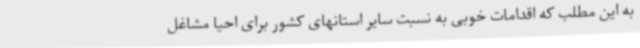
به این مطلب که اقدامات خوبی به نسبت سایر استانهای کشور برای احیا مشاغل